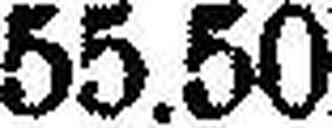
55.50